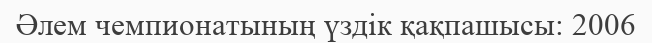
Әлем чемпионатының үздік қақпашысы: 2006